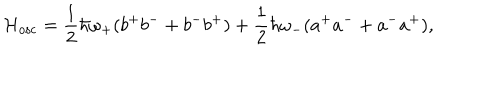
{ \cal H } _ { \mathrm { o s c } } = \frac { 1 } { 2 } \hbar \omega _ { + } ( b ^ { + } b ^ { - } + b ^ { - } b ^ { + } ) + \frac { 1 } { 2 } \hbar \omega _ { - } ( a ^ { + } a ^ { - } + a ^ { - } a ^ { + } ) ,